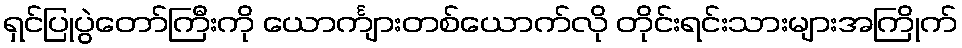
ရှင်ပြုပွဲတော်ကြီးကို ယောင်္ကျားတစ်ယောက်လို တိုင်းရင်းသားများအကြိုက်